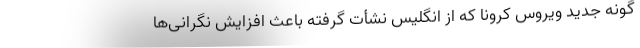
گونه جدید ویروس کرونا که از انگلیس نشأت گرفته باعث افزایش نگرانی‌ها